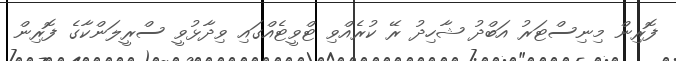
ފޮރިން މިނިސްޓަރު އަބްދު ޝާހިދު ރޭ ކުރެއްވި ޓްވީޓެއްގައި ވިދާޅުވީ ސްރީލަންކާގެ ފޮރިން